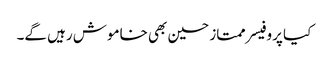
کیا پروفیسر ممتاز حسین بھی خاموش رہیں گے۔